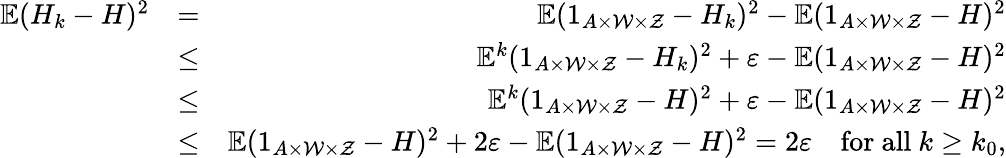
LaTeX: \begin{array}{rlr}{\mathbb{E}(H_{k}-H)^{2}}&{=}&{\mathbb{E}(1_{A\times\mathcal{W}\times\mathcal{Z}}-H_{k})^{2}-\mathbb{E}(1_{A\times\mathcal{W}\times\mathcal{Z}}-H)^{2}}\\ &{\le}&{\mathbb{E}^{k}(1_{A\times\mathcal{W}\times\mathcal{Z}}-H_{k})^{2}+\varepsilon-\mathbb{E}(1_{A\times\mathcal{W}\times\mathcal{Z}}-H)^{2}}\\ &{\le}&{\mathbb{E}^{k}(1_{A\times\mathcal{W}\times\mathcal{Z}}-H)^{2}+\varepsilon-\mathbb{E}(1_{A\times\mathcal{W}\times\mathcal{Z}}-H)^{2}}\\ &{\le}&{\mathbb{E}(1_{A\times\mathcal{W}\times\mathcal{Z}}-H)^{2}+2\varepsilon-\mathbb{E}(1_{A\times\mathcal{W}\times\mathcal{Z}}-H)^{2}=2\varepsilon\quad\mathrm{for~all~}k\ge k_{0},}\end{array}